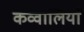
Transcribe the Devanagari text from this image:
कव्वालियाँ